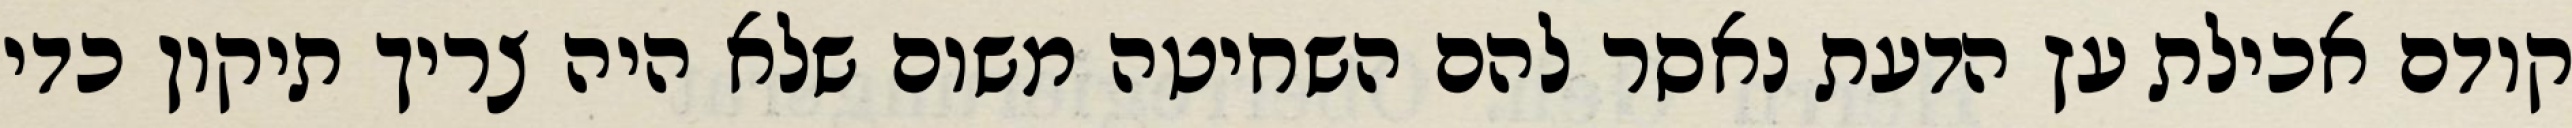
קודם אכילת עץ הדעת נאסר להם השחיטה משום שלא היה צריך תיקון כדי